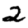
Digit: 2